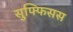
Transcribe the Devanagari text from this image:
सुफ्फिसस